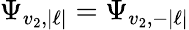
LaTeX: \Psi_{v_{2},|\ell|}=\Psi_{v_{2},-|\ell|}